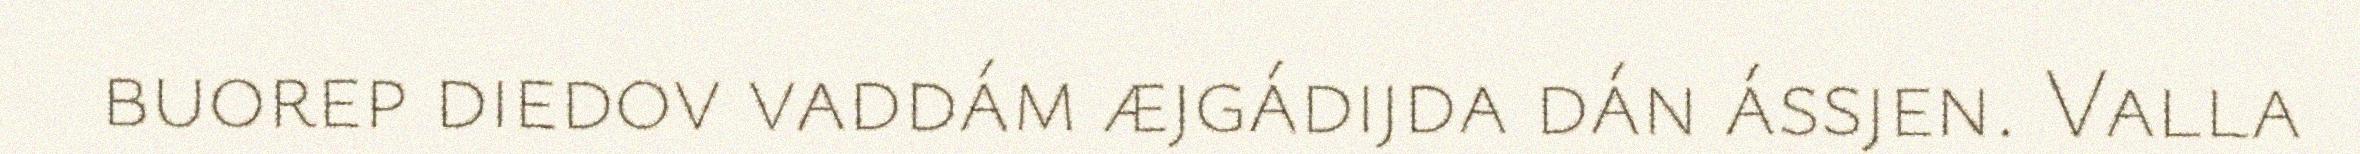
buorep diedov vaddám æjgádijda dán ássjen. Valla